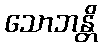
သောဘန္တိ